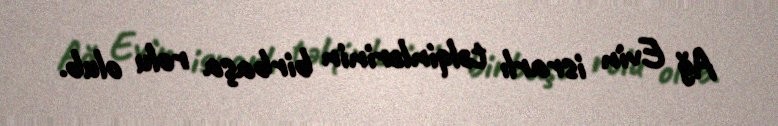
Ağ Evin israrlı təlqinlərinin birbaşa rolu olub.